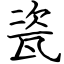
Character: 瓷